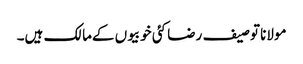
مولانا توصیف رضا کئی خوبیوں کےمالک ہیں۔